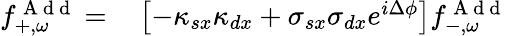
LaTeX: \begin{array}{rl}{f_{+,\omega}^{\mathrm{~A~d~d~}}=}&{{}\left[-\kappa_{sx}\kappa_{dx}+\sigma_{sx}\sigma_{dx}e^{i\Delta\phi}\right]f_{-,\omega}^{\mathrm{~A~d~d~}}}\end{array}